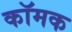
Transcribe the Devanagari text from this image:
कॉमक